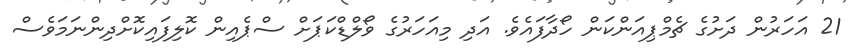
21 އަހަރުން ދަށުގެ ޗެމްޕިއަންކަން ހޯދާފައެވެ. އަދި މިއަހަރުގެ ވޯލްޑްކަޕަށް ސްޕެއިން ކޮލިފައިކޮށްދިންނަމަވެސް